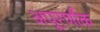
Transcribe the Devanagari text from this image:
अपूरर्णांक